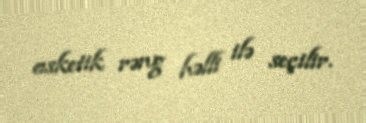
asketik rəng həlli ilə seçilir.